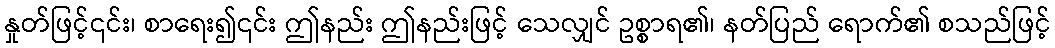
နှုတ်ဖြင့်၎င်း၊ စာရေး၍၎င်း ဤနည်း ဤနည်းဖြင့် သေလျှင် ဥစ္စာရ၏၊ နတ်ပြည် ရောက်၏ စသည်ဖြင့်